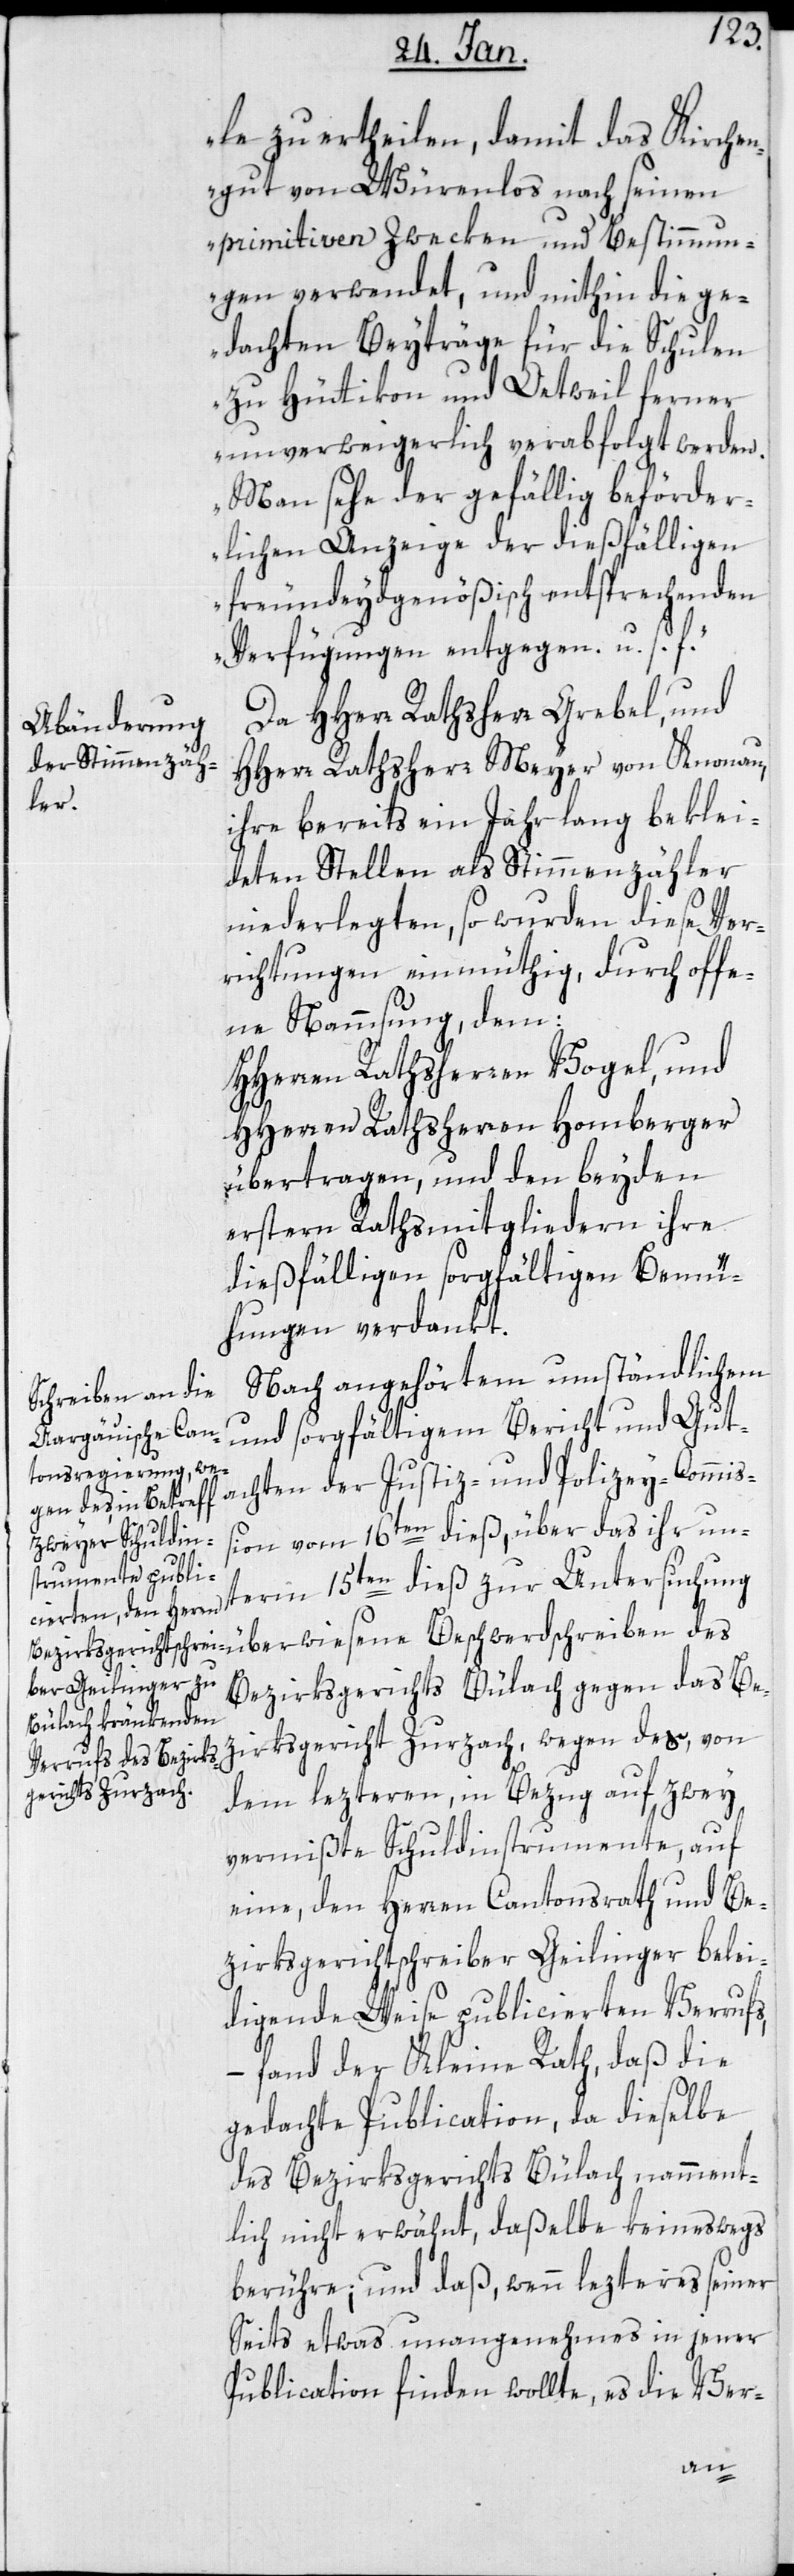
le zu ertheilen, damit das Kirchen¬
gut von Würenlos nach seinen
primitiven Zweken und Bestimmun¬
gen verwendet, und mithin die ge¬
dachten Beyträge für die Schulen
zu Hüttikon und Oetwil ferner
unverweigerlich verabfolgt werden.
Man sehe der gefällig beförder¬
lichen Anzeige der dießfälligen
freundeydgenößisch entsprechenden
Verfügungen entgegen, u. s.
Da HHerr Rathsherr Grebel und
HHerr Rathsherr Meyer von Knonau,
ihre bereits ein Jahr lang beklei¬
deten Stellen als Stimmenzähler
niederlegten, so wurden diese Ver¬
richtungen einmüthig, durch off¬
ne Namsung dem
HHerren Rathsherren Vogel und
HHerren Rathsherren Homberger
übertragen, und den beiden
erstern Rathsmitgliedern ihre
dießfälligen sorgfältigen Bemü¬
hungen verdankt.
Nach angehörtem umständlichem
und sorgfältigem Bericht und Gut¬
achten der Justiz- und Polizey-Commiß¬
ion vom 16ten dieß, über das ihr un¬
term 15ten dieß zur Untersuchung
Bezirksgerichts Bülach gegen das Be¬
zirksgericht Zurzach, wegen des, von
dem letzteren, in Bezug auf zwey
vermißte Schuldinstrumente, auf
eine, den Herren Cantonsrath und Be¬
zirksgerichtschreiber Geilinger belei¬
digende Weise publicierten Verrufs,
– fand der Kleine Rath, daß die
gedachte Publication, da dieselbe
des Bezirksgerichts Bülach, namment¬
lich nicht erwähnt, daßelbe keineswegs
berühre, und daß, wenn letzteres seiner¬
seits etwas unangenehmes in jener
Publication finden wollte, es die Ver-